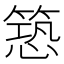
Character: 𮅱